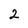
Character: 2